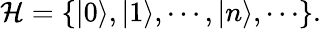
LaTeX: {\cal H}=\{ |0\rangle,|1\rangle,\cdots,|n\rangle,\cdots\} .